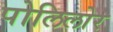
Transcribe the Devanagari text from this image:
पोलिलोर